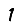
Digit: 1